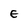
Character: E